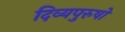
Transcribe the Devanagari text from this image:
दिव्यपुरुषों